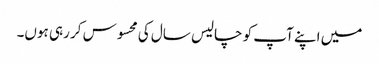
میں اپنے آپ کو چالیس سال کی محسوس کر رہی ہوں۔